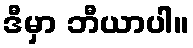
ဒီမှာ ဘီယာပါ။